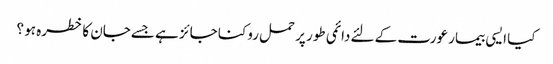
کیا ایسی بیمار عورت کے لئےدائمی طور پر حمل روکنا جائز ہے جسےجان کا خطرہ ہو ؟